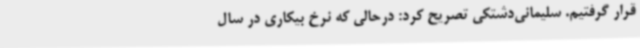
قرار گرفتیم. سلیمانی‌دشتکی تصریح کرد: درحالی که نرخ بیکاری در سال